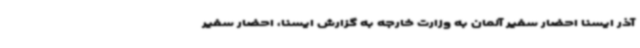
آذر ایسنا احضار سفیر آلمان به وزارت خارجه به گزارش ایسنا، احضار سفیر